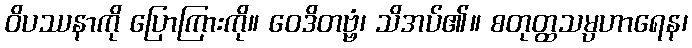
ဝိပဿနာကို ပြောကြားကို။ ဝေဒိတဗ္ဗံ၊ သိအပ်၏။ စတုတ္ထသမ္ပဟာရေန၊